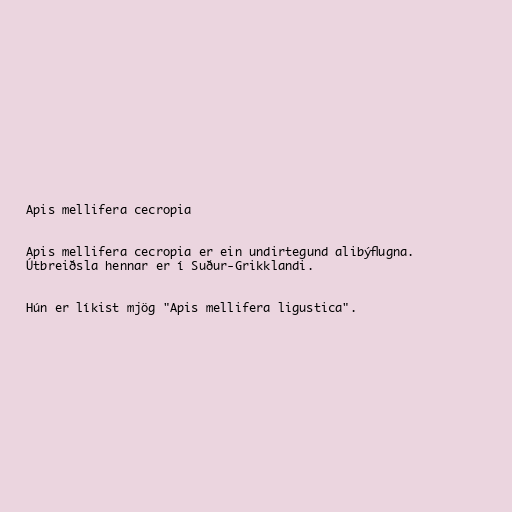
Apis mellifera cecropia

Apis mellifera cecropia er ein undirtegund alibýflugna.
Útbreiðsla hennar er í Suður-Grikklandi.

Hún er líkist mjög "Apis mellifera ligustica".